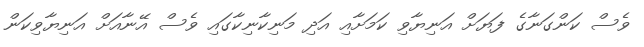
ވެސް ކަންގަނާގެ ފަޔަށް އަނިޔާވި ކަމަށާއި އަދި މަނިކާނިކާގައި ވެސް އޭނާއަށް އަނިޔާވިކަން